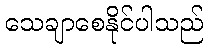
သေချာစေနိုင်ပါသည်